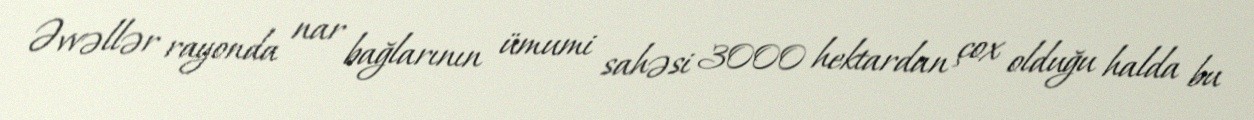
Əvvəllər rayonda nar bağlarının ümumi sahəsi 3000 hektardan çox olduğu halda bu